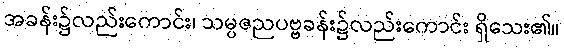
အခန်း၌လည်းကောင်း၊ သမ္ပဇညပဗ္ဗခန်း၌လည်းကောင်း ရှိသေး၏။